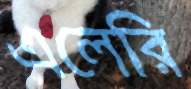
এলেরি